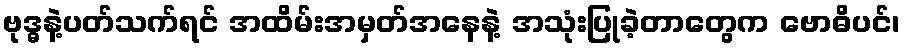
ဗုဒ္ဓနဲ့ပတ်သက်ရင် အထိမ်းအမှတ်အနေနဲ့ အသုံးပြုခဲ့တာတွေက ဗောဓိပင်၊